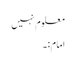
معلوم نہیں
امام:۔